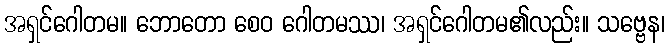
အရှင်ဂေါတမ။ ဘောတော စေဝ ဂေါတမဿ၊ အရှင်ဂေါတမ၏လည်း။ သဗ္ဗေန၊